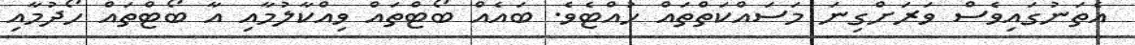
އެތަނުގައިވެސް ވަރަށްގިނަ މަސައްކަތްތައް ހުއްޓެވެ. ބައެއް ބޯޓްތައް ވިއްކާލުމާއި އާ ބޯޓްތައް ހޯދުމާއި